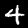
Digit: 4